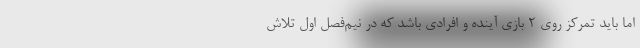
اما باید تمرکز روی ۲ بازی آینده و افرادی باشد که در نیم‌فصل اول تلاش